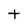
Character: T